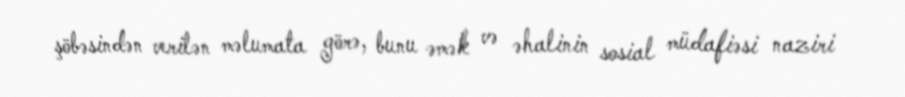
şöbəsindən verilən məlumata görə, bunu əmək və əhalinin sosial müdafiəsi naziri